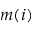
m ( i )